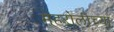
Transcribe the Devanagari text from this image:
मेहरोलीच्या